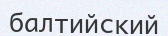
балтийский